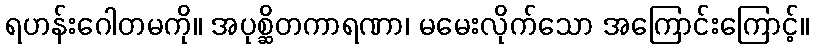
ရဟန်းဂေါတမကို။ အပုစ္ဆိတကာရဏာ၊ မမေးလိုက်သော အကြောင်းကြောင့်။